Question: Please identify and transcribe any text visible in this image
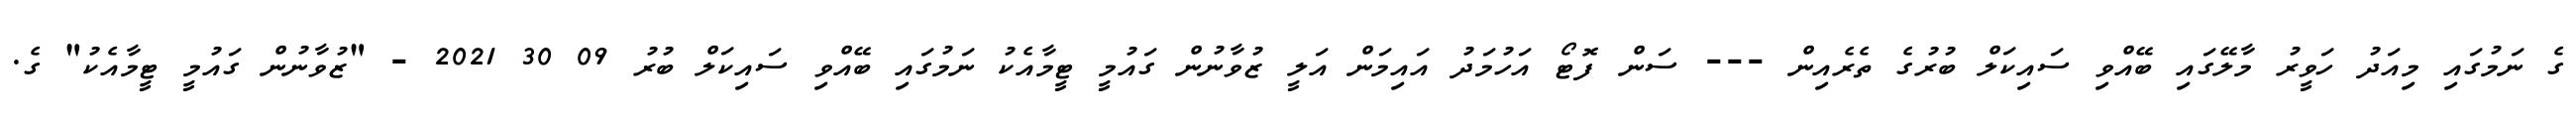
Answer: ގެ ނަމުގައި މިއަދު ހަވީރު މާލޭގައި ބޭއްވި ސައިކަލް ބުރުގެ ތެރެއިން --- ސަން ފޮޓޯ އަހުމަދު އައިމަން އަލީ ޒުވާނުން ގައުމީ ޓީމާއެކު ނަމުގައި ބޭއްވި ސައިކަލް ބުރު 09 30 2021 - "ޒުވާނުން ގައުމީ ޓީމާއެކު" ގެ.